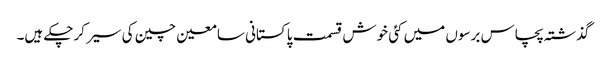
گذشتہ پچاس برسوں میں کئی خوش قسمت پاکستانی سامعین چین کی سیر کرچکے ہیں۔